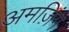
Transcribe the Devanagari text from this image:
अमज़िंग